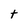
Character: t